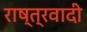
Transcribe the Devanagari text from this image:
राष्त्रवादी